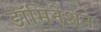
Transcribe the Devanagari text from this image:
डॉमिनेशन